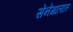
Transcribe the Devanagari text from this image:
सेनेगालात